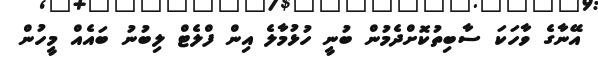
އޭނާގެ ވާހަކަ ސާބިތުކޮށްދެމުން ބުނީ ހުޅުމާލެ އިން ފްލެޓް ލިބުނު ބައެއް މީހުން